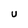
Character: U